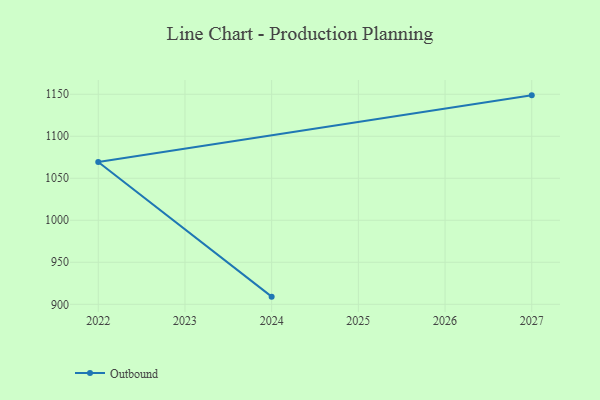
{"axis": {"x": "Year", "y": "Demand Index"}, "legend": ["Outbound"], "data": [{"x": "2024", "y": 909.1, "type": "Outbound"}, {"x": "2022", "y": 1069.4, "type": "Outbound"}, {"x": "2027", "y": 1148.7, "type": "Outbound"}]}